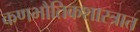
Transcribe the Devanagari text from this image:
कणभौतिकशास्त्रात